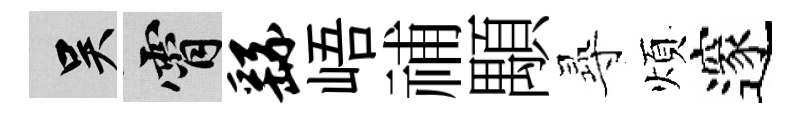
吴霄繇峿𥙷顒𡬶煩邃